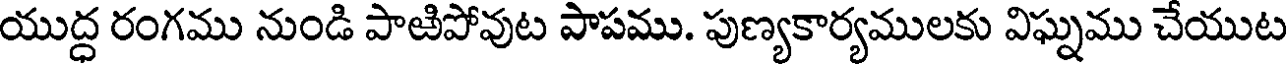
యుద్ధ రంగము నుండి పాఱిపోవుట పాపము. పుణ్యకార్యములకు విఘ్నము చేయుట